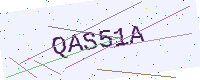
Text: QAS51A